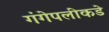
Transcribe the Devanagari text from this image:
गंगेपलीकडे